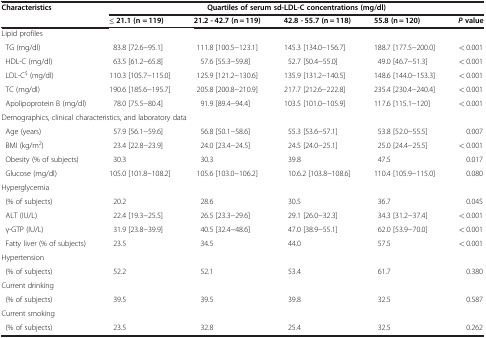
<table><thead><tr><td rowspan="2"><b>Characteristics</b></td><td colspan="5"><b>Quartiles of serum sd-LDL-C concentrations (mg/dl)</b></td></tr><tr><td><b>≤ 21.1 (n = 119)</b></td><td><b>21.2 - 42.7 (n = 119)</b></td><td><b>42.8 - 55.7 (n = 118)</b></td><td><b>55.8 (n = 120)</b></td><td><b><i>P</i>value</b></td></tr></thead><tbody><tr><td>Lipid profiles</td><td> </td><td> </td><td> </td><td> </td><td> </td></tr><tr><td> TG (mg/dl)</td><td>83.8 [72.6−95.1]</td><td>111.8 [100.5−123.1]</td><td>145.3 [134.0−156.7]</td><td>188.7 [177.5−200.0]</td><td>&lt; 0.001</td></tr><tr><td> HDL-C (mg/dl)</td><td>63.5 [61.2−65.8]</td><td>57.6 [55.3−59.8]</td><td>52.7 [50.4−55.0]</td><td>49.0 [46.7−51.3]</td><td>&lt; 0.001</td></tr><tr><td> LDL-C<sup>$</sup> (mg/dl)</td><td>110.3 [105.7−115.0]</td><td>125.9 [121.2−130.6]</td><td>135.9 [131.2−140.5]</td><td>148.6 [144.0−153.3]</td><td>&lt; 0.001</td></tr><tr><td> TC (mg/dl)</td><td>190.6 [185.6−195.7]</td><td>205.8 [200.8−210.9]</td><td>217.7 [212.6−222.8]</td><td>235.4 [230.4−240.4]</td><td>&lt; 0.001</td></tr><tr><td> Apolipoprotein B (mg/dl)</td><td>78.0 [75.5−80.4]</td><td>91.9 [89.4−94.4]</td><td>103.5 [101.0−105.9]</td><td>117.6 [115.1−120]</td><td>&lt; 0.001</td></tr><tr><td colspan="6">Demographics, clinical characteristics, and laboratory data</td></tr><tr><td> Age (years)</td><td>57.9 [56.1−59.6]</td><td>56.8 [50.1−58.6]</td><td>55.3 [53.6−57.1]</td><td>53.8 [52.0−55.5]</td><td>0.007</td></tr><tr><td> BMI (kg/m<sup>2</sup>)</td><td>23.4 [22.8−23.9]</td><td>24.0 [23.4−24.5]</td><td>24.5 [24.0−25.1]</td><td>25.0 [24.4−25.5]</td><td>&lt; 0.001</td></tr><tr><td> Obesity (% of subjects)</td><td>30.3</td><td>30.3</td><td>39.8</td><td>47.5</td><td>0.017</td></tr><tr><td> Glucose (mg/dl)</td><td>105.0 [101.8−108.2]</td><td>105.6 [103.0−106.2]</td><td>10.6.2 [103.8−108.6]</td><td>110.4 [105.9−115.0]</td><td>0.080</td></tr><tr><td>Hyperglycemia</td><td> </td><td> </td><td> </td><td> </td><td> </td></tr><tr><td> (% of subjects)</td><td>20.2</td><td>28.6</td><td>30.5</td><td>36.7</td><td>0.045</td></tr><tr><td> ALT (IU/L)</td><td>22.4 [19.3−25.5]</td><td>26.5 [23.3−29.6]</td><td>29.1 [26.0−32.3]</td><td>34.3 [31.2−37.4]</td><td>&lt; 0.001</td></tr><tr><td> γ-GTP (IU/L)</td><td>31.9 [23.8−39.9]</td><td>40.5 [32.4−48.6]</td><td>47.0 [38.9−55.1]</td><td>62.0 [53.9−70.0]</td><td>&lt; 0.001</td></tr><tr><td> Fatty liver (% of subjects)</td><td>23.5</td><td>34.5</td><td>44.0</td><td>57.5</td><td>&lt; 0.001</td></tr><tr><td>Hypertension</td><td> </td><td> </td><td> </td><td> </td><td> </td></tr><tr><td> (% of subjects)</td><td>52.2</td><td>52.1</td><td>53.4</td><td>61.7</td><td>0.380</td></tr><tr><td>Current drinking</td><td> </td><td> </td><td> </td><td> </td><td> </td></tr><tr><td> (% of subjects)</td><td>39.5</td><td>39.5</td><td>39.8</td><td>32.5</td><td>0.587</td></tr><tr><td>Current smoking</td><td> </td><td> </td><td> </td><td> </td><td> </td></tr><tr><td> (% of subjects)</td><td>23.5</td><td>32.8</td><td>25.4</td><td>32.5</td><td>0.262</td></tr></tbody></table>